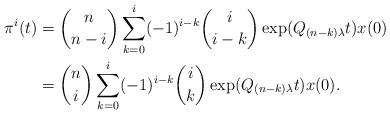
LaTeX: \begin{align*}\pi^i(t) & ={n \choose n-i} \sum_{k=0}^i(-1)^{i-k} {i\choose i-k}\exp(Q_{(n-k)\lambda}t)x(0) \\& ={n \choose i} \sum_{k=0}^i(-1)^{i-k} {i\choose k}\exp(Q_{(n-k)\lambda}t)x(0). \end{align*}